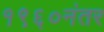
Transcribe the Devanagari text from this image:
१९६०नंतर